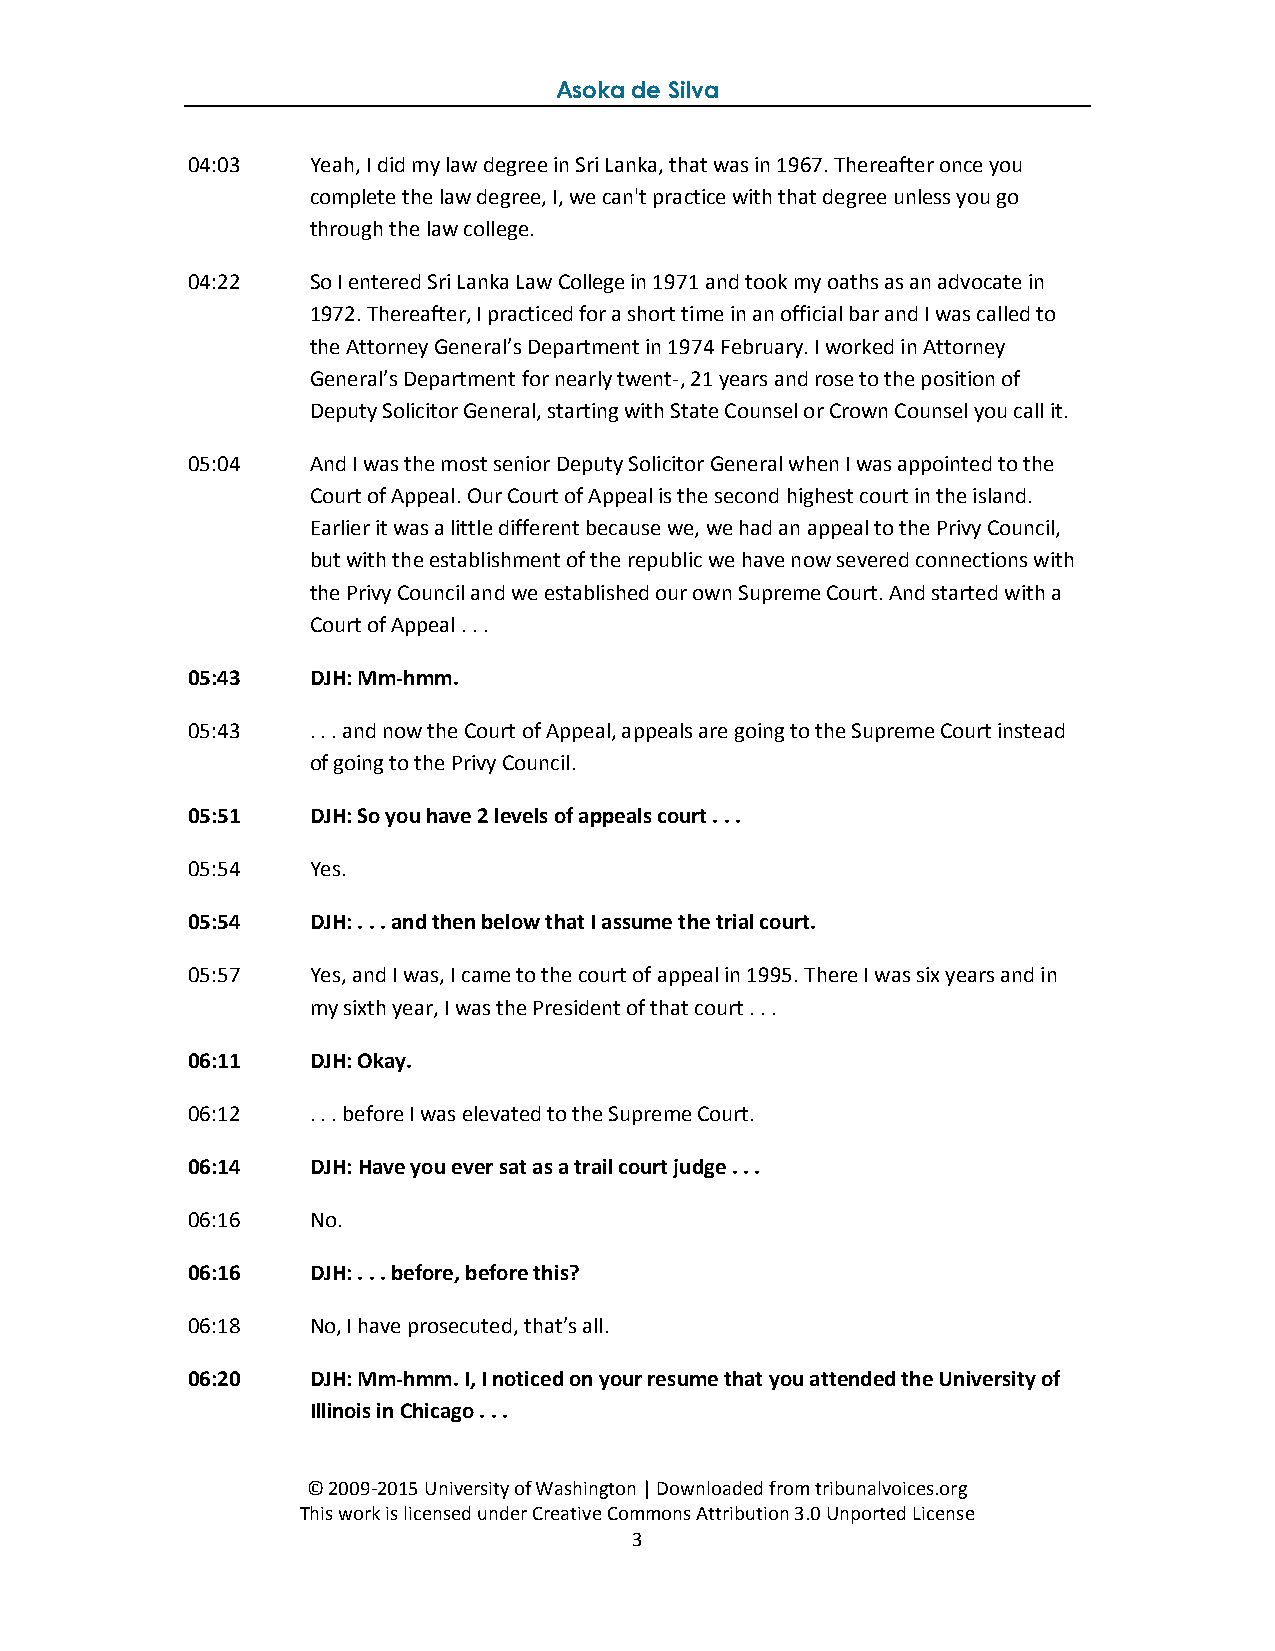
Asoka de Silva
 04:03   Yeah, I did my law degree in Sri Lanka, that was in 1967. Thereafter once you
 complete the law degree, I, we can't practice with that degree unless you go
 through the law college.
 04:22   So I entered Sri Lanka Law College in 1971 and took my oaths as an advocate in
 1972. Thereafter, I practiced for a short time in an official bar and I was called to
 the Attorney General’s Department in 1974 February. I worked in Attorney
 General’s Department for nearly twent-, 21 years and rose to the position of
 Deputy Solicitor General, starting with State Counsel or Crown Counsel you call it.
 05:04   And I was the most senior Deputy Solicitor General when I was appointed to the
 Court of Appeal. Our Court of Appeal is the second highest court in the island.
 Earlier it was a little different because we, we had an appeal to the Privy Council,
 but with the establishment of the republic we have now severed connections with
 the Privy Council and we established our own Supreme Court. And started with a
 Court of Appeal . . .
 05:43   DJH: Mm-hmm.
 05:43   . . . and now the Court of Appeal, appeals are going to the Supreme Court instead
 of going to the Privy Council.
 05:51   DJH: So you have 2 levels of appeals court . . .
 05:54   Yes.
 05:54   DJH: . . . and then below that I assume the trial court.
 05:57   Yes, and I was, I came to the court of appeal in 1995. There I was six years and in
 my sixth year, I was the President of that court . . .
 06:11   DJH: Okay.
 06:12   . . . before I was elevated to the Supreme Court.
 06:14   DJH: Have you ever sat as a trail court judge . . .
 06:16   No.
 06:16   DJH: . . . before, before this?
 06:18   No, I have prosecuted, that’s all.
 06:20   DJH: Mm-hmm. I, I noticed on your resume that you attended the University of
 Illinois in Chicago . . .
 © 2009-2015 University of Washington | Downloaded from tribunalvoices.org
 This work is licensed under Creative Commons Attribution 3.0 Unported License
 3